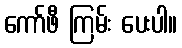
ကော်ဖီ ကြမ်း ပေးပါ။